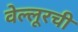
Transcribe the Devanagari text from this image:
वेल्लूरची